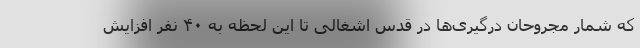
که شمار مجروحان درگیری‌ها در قدس اشغالی تا این لحظه به ۴۰ نفر افزایش